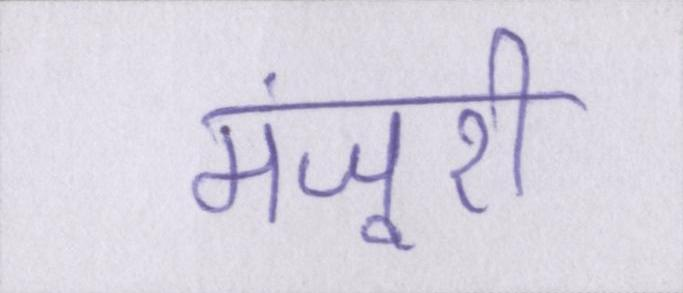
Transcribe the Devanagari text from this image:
मंजूरी